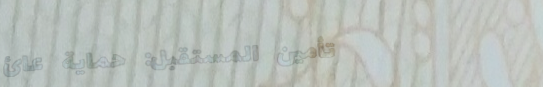
تأمين المستقبل: حماية عائ